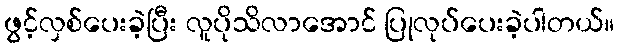
ဖွင့်လှစ်ပေးခဲ့ပြီး လူပိုသိလာအောင် ပြုလုပ်ပေးခဲ့ပါတယ်။